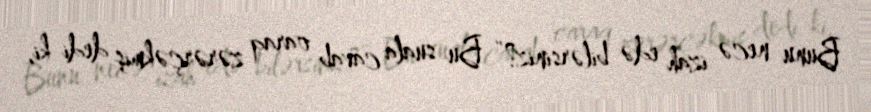
Bunu necə izah edə bilərsiniz?” Bu suala cavab oaraq zərərçəkmiş dedi ki,